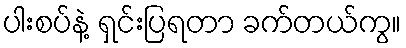
ပါးစပ်နဲ့ ရှင်းပြရတာ ခက်တယ်ကွ။